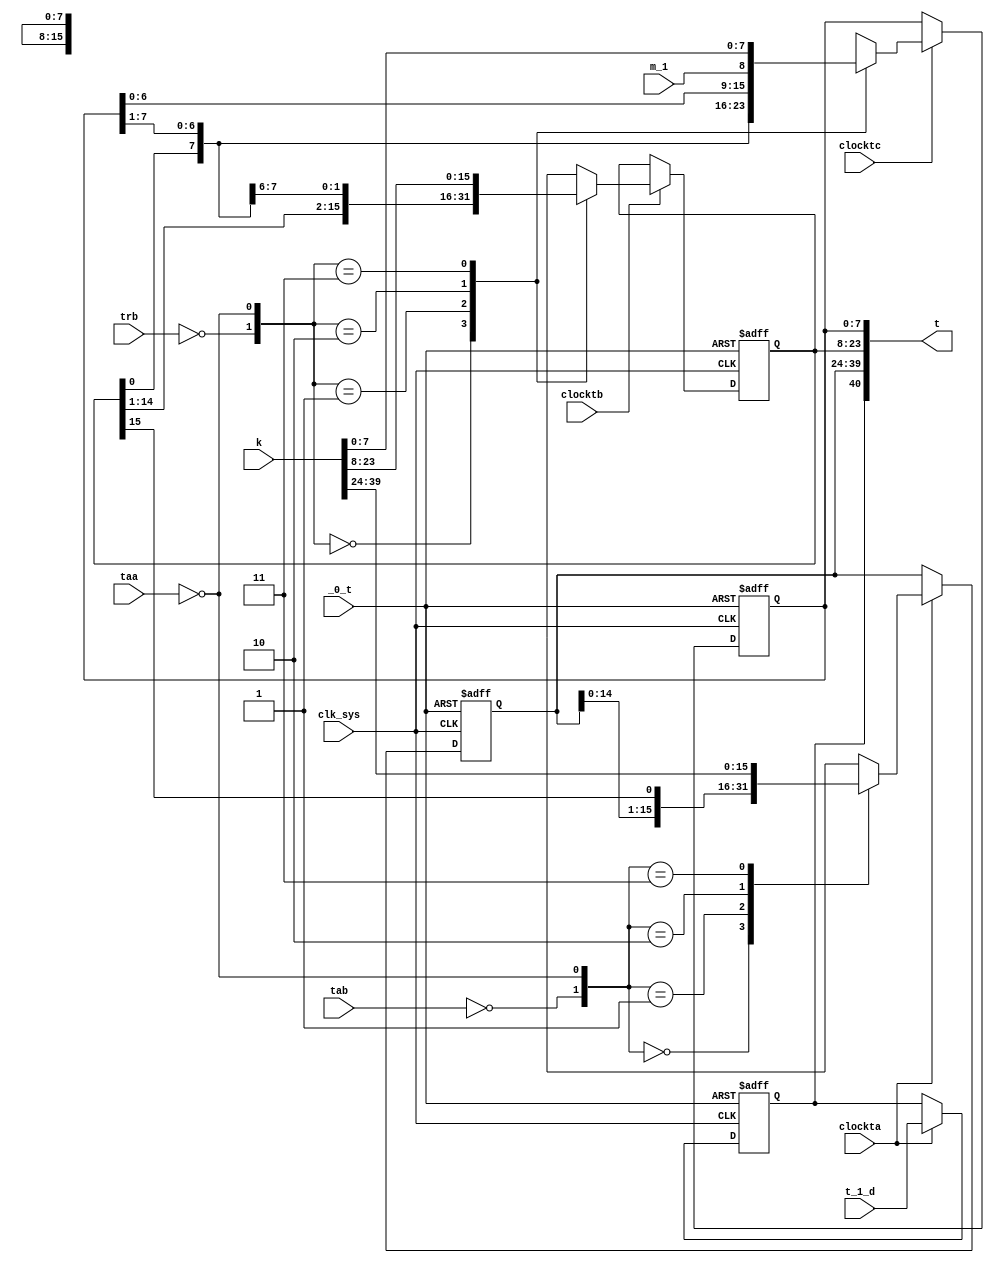
module t(
	input clk_sys,
	input _0_t,
	input taa,
	input tab,
	input trb,
	input clockta,
	input clocktb,
	input clocktc,
	input t_1_d,
	input [0:39] k,
	input m_1,
	output reg [-1:39] t
);

	always @ (posedge clk_sys, posedge _0_t) begin
		if (_0_t) t[0:15] <= 0;
		else if (clockta) case ({~tab, ~taa})
			2'b00: t[0:15] <= t[0:15];
			2'b01: t[0:15] <= t[-1:14];
			2'b10: t[0:15] <= t[1:16];
			2'b11: t[0:15] <= k[0:15];
		endcase
	end

	always @ (posedge clk_sys, posedge _0_t) begin
		if (_0_t) t[16:31] <= 0;
		else if (clocktb) case ({~trb, ~taa})
			2'b00: t[16:31] <= t[16:31];
			2'b01: t[16:31] <= t[15:30];
			2'b10: t[16:31] <= t[17:32];
			2'b11: t[16:31] <= k[16:31];
		endcase
	end

	always @ (posedge clk_sys, posedge _0_t) begin
		if (_0_t) t[32:39] <= 0;
		else if (clocktc) case ({~trb, ~taa})
			2'b00: t[32:39] <= t[32:39];
			2'b01: t[32:39] <= t[31:38];
			2'b10: t[32:39] <= {t[33:39], m_1};
			2'b11: t[32:39] <= k[32:39];
		endcase
	end

	always @ (posedge clk_sys, posedge _0_t) begin
		if (_0_t) t[-1] <= 1'b0;
		else if (clockta) t[-1] <= t_1_d;
	end

endmodule